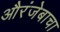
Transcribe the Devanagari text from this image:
औरंजेबाचा